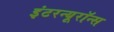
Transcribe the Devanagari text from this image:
इंटरन्यूरॉन्स